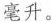
毫升。